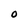
Character: O